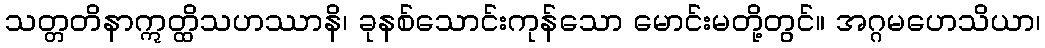
သတ္တတိနာဣတ္ထိသဟဿာနိ၊ ခုနစ်သောင်းကုန်သော မောင်းမတို့တွင်။ အဂ္ဂမဟေသိယာ၊